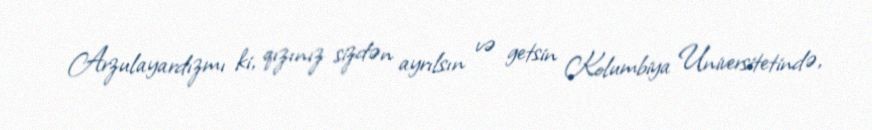
Arzulayardızmı ki, qızınız sizdən ayrılsın və getsin Kolumbiya Universitetində,